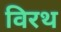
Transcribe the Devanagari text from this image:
विरथ